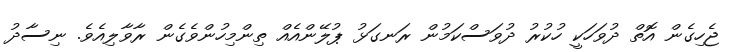
ޖެހިގެން އޮތް ދުވަހަކީ ހުކުރު ދުވަސްކަމުން ރަނގަޅު ޕުލޭންއެއް ތިންމިހުންވެގެން ރާވާލިއެވެ. ނިސާދު